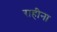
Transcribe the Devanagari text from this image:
राहीना